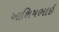
આશિષભાઇ